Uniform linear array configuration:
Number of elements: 48
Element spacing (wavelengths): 1
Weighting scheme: exponential
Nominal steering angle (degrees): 30
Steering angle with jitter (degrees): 31.688
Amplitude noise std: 0.05
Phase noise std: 0.05

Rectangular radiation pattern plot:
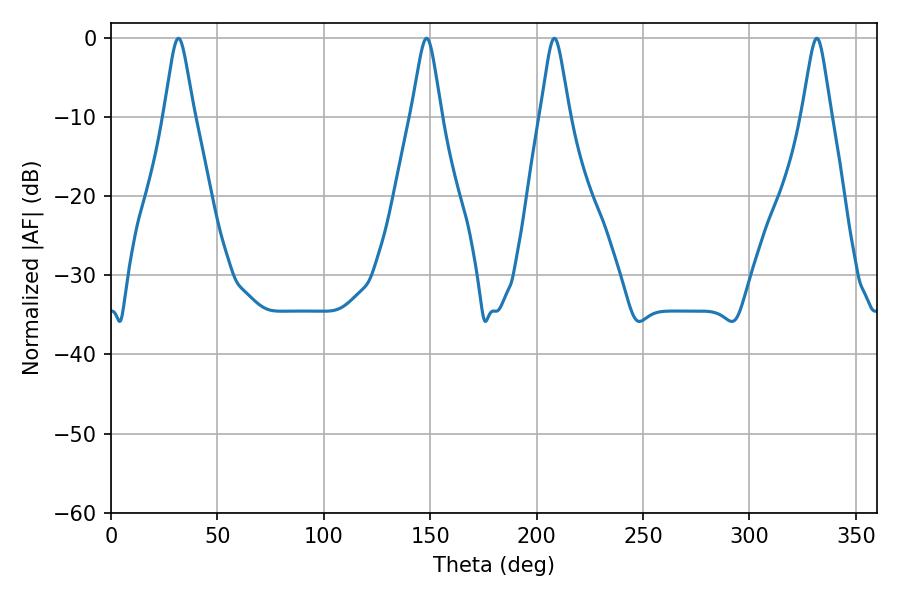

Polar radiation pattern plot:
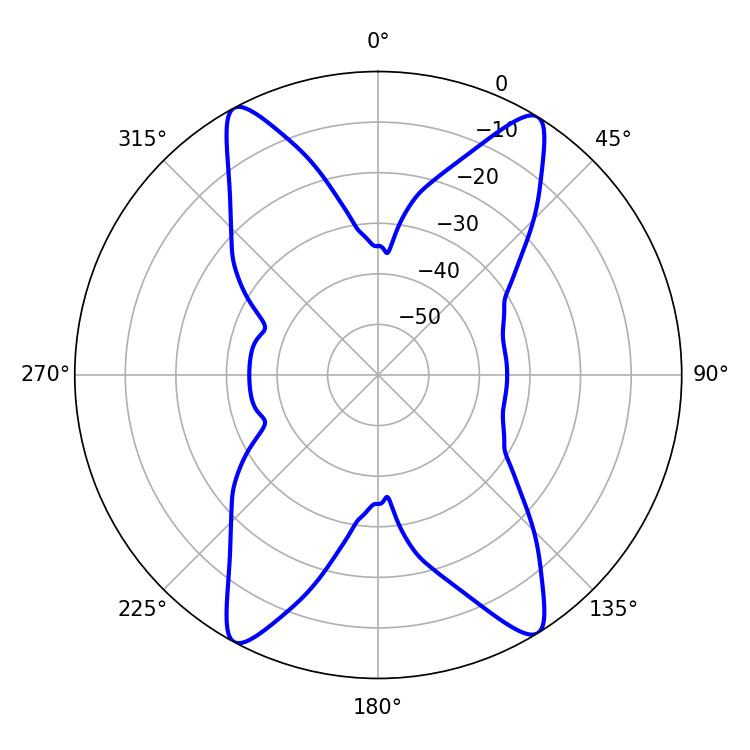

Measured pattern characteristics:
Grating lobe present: TRUE
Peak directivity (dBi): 20.484
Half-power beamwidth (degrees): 6.66
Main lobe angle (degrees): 31.68